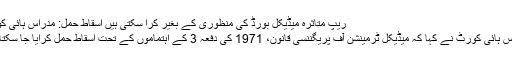
ریپ متاثرہ میڈیکل بورڈ کی منظوری کے بغیر کرا سکتی ہیں اسقاط حمل: مدراس ہائی کورٹ
مدراس ہائی کورٹ نے کہا کہ میڈیکل ٹرمینشن آف پریگننسی قانون، 1971 کی دفعہ 3 کے اہتماموں کے تحت اسقاط حمل کرایا جا سکتا ہے۔